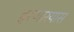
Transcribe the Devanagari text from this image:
हरणार्‍यास